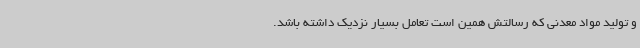
و تولید مواد معدنی که رسالتش همین است تعامل بسیار نزدیک داشته باشد.